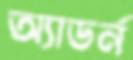
অ্যাডর্ন